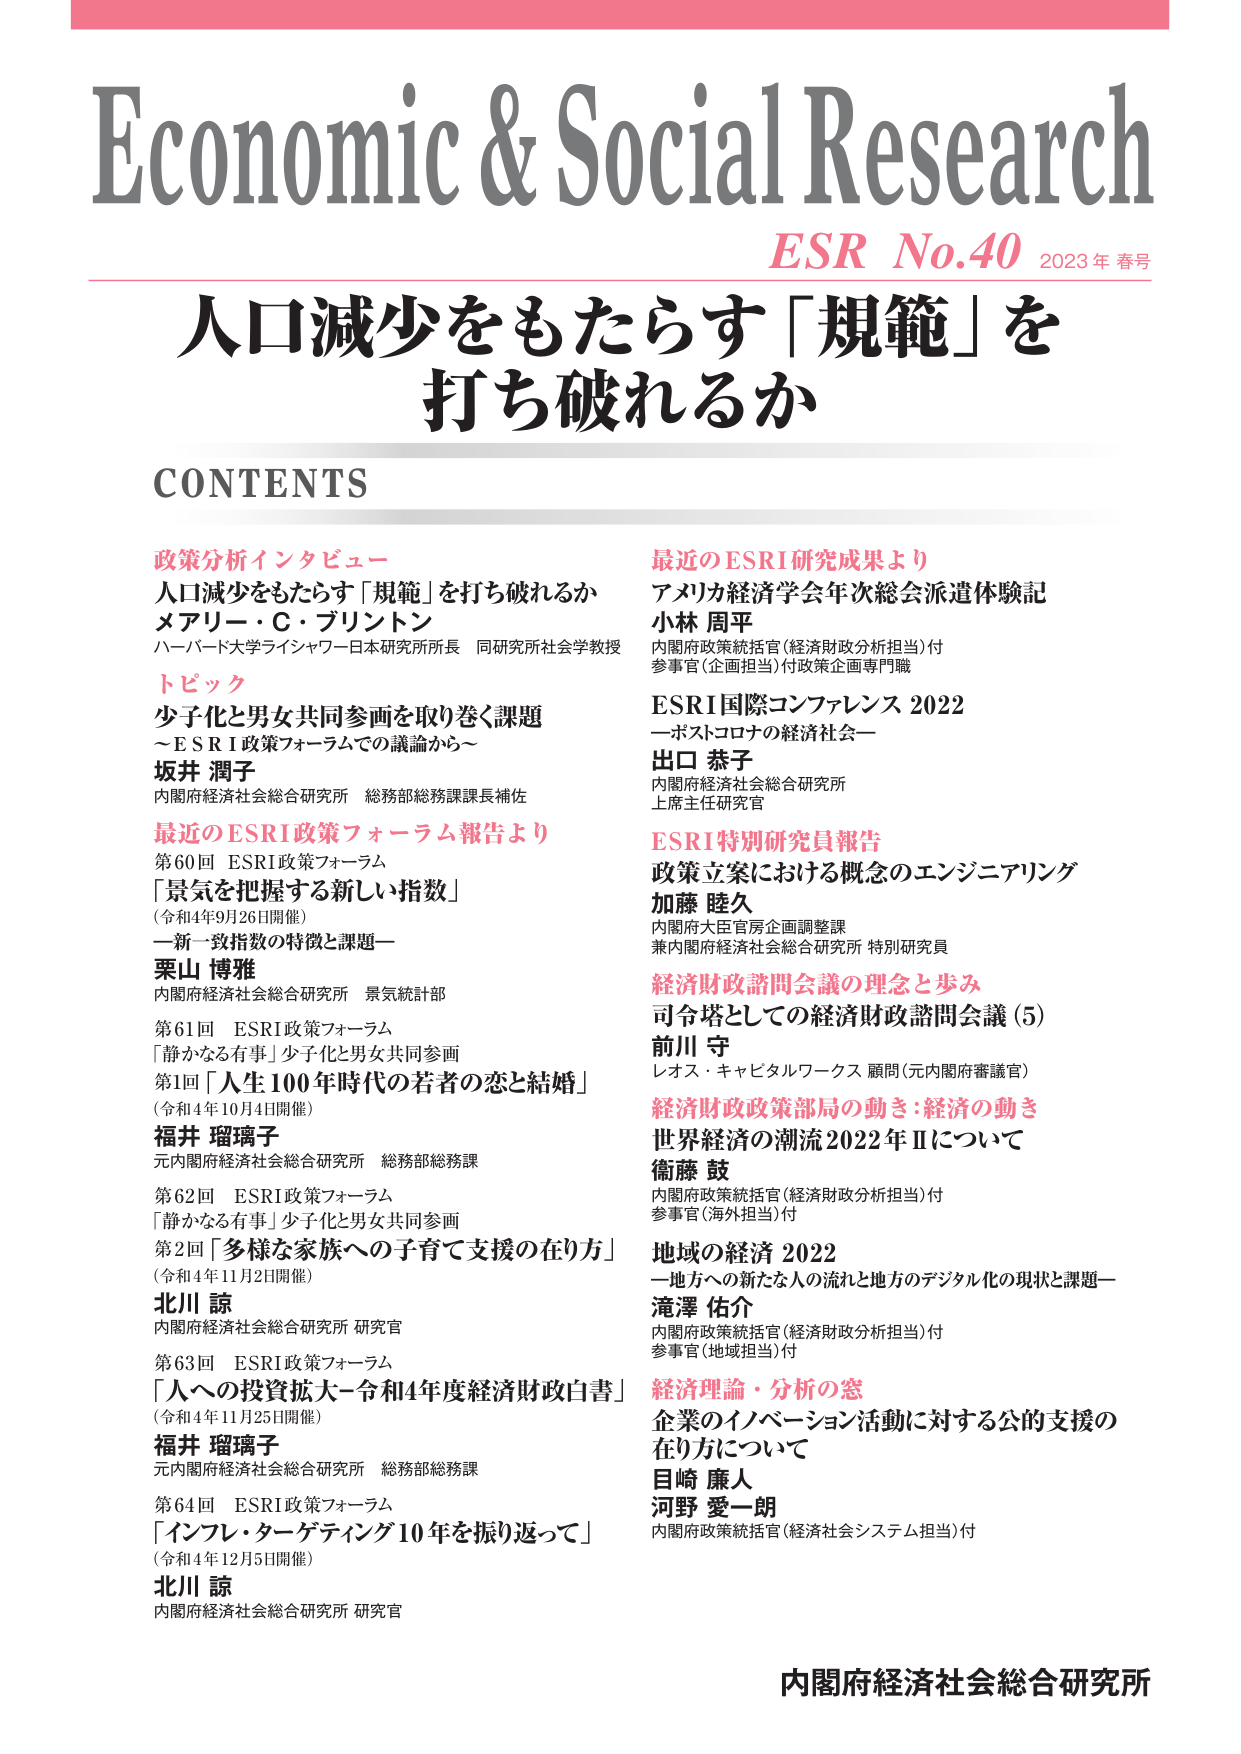
Economic & Social Research
ESR No.40 2023年 春号

人口減少をもたらす「規範」を
打ち破れるか

CONTENTS

政策分析インタビュー
人口減少をもたらす「規範」を打ち破れるか
メアリー・Ｃ・プリントン
ハーバード大学ライシャワー日本研究所所長 同研究所社会学教授

トピック
少子化と男女共同参画を取り巻く課題
～ＥＳＲＩ政策フォーラムでの議論から～
坂井 潤子
内閣府経済社会総合研究所 総務部総務課課長補佐

最近のESRI政策フォーラム報告より
第60回 ESRI政策フォーラム
「景気を把握する新しい指数」
（令和4年9月26日開催）
―新一致指数の特徴と課題―
栗山 博雅
内閣府経済社会総合研究所 景気統計部

第61回 ESRI政策フォーラム
「静かなる有事」少子化と男女共同参画
第1回「人生100年時代の若者の恋と結婚」
（令和4年10月4日開催）
福井 瑠璃子
元内閣府経済社会総合研究所 総務部総務課

第62回 ESRI政策フォーラム
「静かなる有事」少子化と男女共同参画
第2回「多様な家族への子育て支援の在り方」
（令和4年11月2日開催）
北川 諒
内閣府経済社会総合研究所 研究官

第63回 ESRI政策フォーラム
「人への投資拡大～令和4年度経済財政白書」
（令和4年11月25日開催）
福井 瑠璃子
元内閣府経済社会総合研究所 総務部総務課

第64回 ESRI政策フォーラム
「インフレ・ターゲティング10年を振り返って」
（令和4年12月5日開催）
北川 諒
内閣府経済社会総合研究所 研究官

最近のESRI研究成果より
アメリカ経済学会年次総会派遣体験記
小林 周平
内閣府政策統括官（経済財政分析担当）付
参事官（企画担当）付政策企画専門職

ESRI国際コンファレンス 2022
―ポストコロナの経済社会―
出口 恭子
内閣府経済社会総合研究所
上席主任研究官

ESRI特別研究員報告
政策立案における概念のエンジニアリング
加藤 睦久
内閣府大臣官房企画調整課
兼内閣府経済社会総合研究所 特別研究員

経済財政諮問会議の理念と歩み
司令塔としての経済財政諮問会議（5）
前川 守
レオス・キャピタルワークス 顧問（元内閣府審議官）

経済財政政策部局の動き：経済の動き
世界経済の潮流2022年Ⅱについて
衛藤 鼓
内閣府政策統括官（経済財政分析担当）付
参事官（海外担当）付

地域の経済 2022
―地方への新たな人の流れと地方のデジタル化の現状と課題―
滝澤 佑介
内閣府政策統括官（経済財政分析担当）付
参事官（地域担当）付

経済理論・分析の窓
企業のイノベーション活動に対する公的支援の
在り方について
目崎 廉人
河野 愛一朗
内閣府政策統括官（経済社会システム担当）付

内閣府経済社会総合研究所